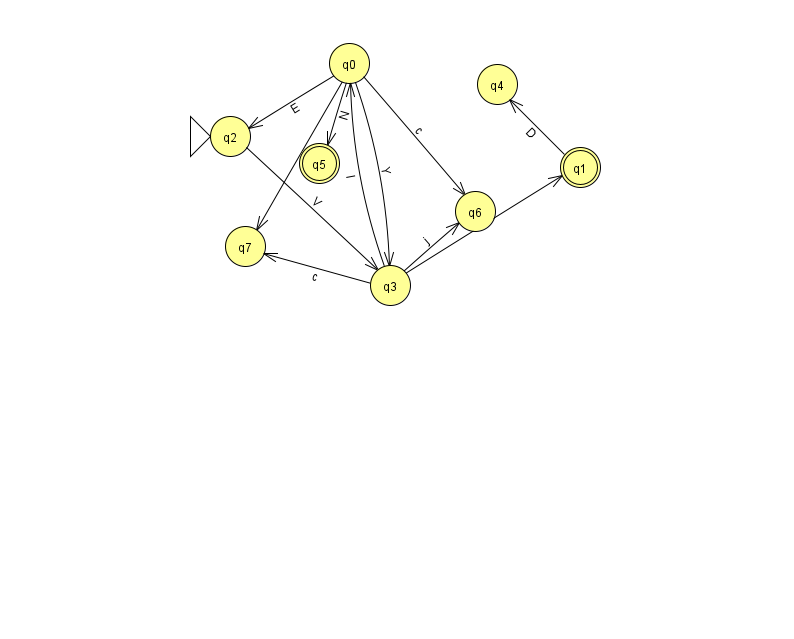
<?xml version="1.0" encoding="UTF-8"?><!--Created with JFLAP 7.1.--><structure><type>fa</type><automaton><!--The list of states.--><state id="0" name="q0"><x>349.0</x><y>50.0</y></state><state id="1" name="q1"><x>580.0</x><y>154.0</y><final/></state><state id="2" name="q2"><x>230.0</x><y>123.0</y><initial/></state><state id="3" name="q3"><x>390.0</x><y>272.0</y></state><state id="4" name="q4"><x>497.0</x><y>71.0</y></state><state id="5" name="q5"><x>319.0</x><y>150.0</y><final/></state><state id="6" name="q6"><x>475.0</x><y>198.0</y></state><state id="7" name="q7"><x>245.0</x><y>233.0</y></state><!--The list of transitions.--><transition><from>0</from><to>3</to><read>Y</read></transition><transition><from>3</from><to>0</to><read>I</read></transition><transition><from>0</from><to>6</to><read>c</read></transition><transition><from>3</from><to>6</to><read>j</read></transition><transition><from>3</from><to>1</to><read>Q</read></transition><transition><from>0</from><to>7</to><read>F</read></transition><transition><from>2</from><to>3</to><read>V</read></transition><transition><from>3</from><to>7</to><read>c</read></transition><transition><from>0</from><to>2</to><read>E</read></transition><transition><from>1</from><to>4</to><read>D</read></transition><transition><from>0</from><to>5</to><read>N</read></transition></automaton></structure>